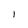
Character: l